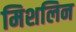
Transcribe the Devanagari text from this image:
मिशलिन